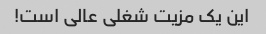
این یک مزیت شغلی عالی است!